画像に写った文字を読んでください
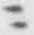
「ニ」と書いてあります